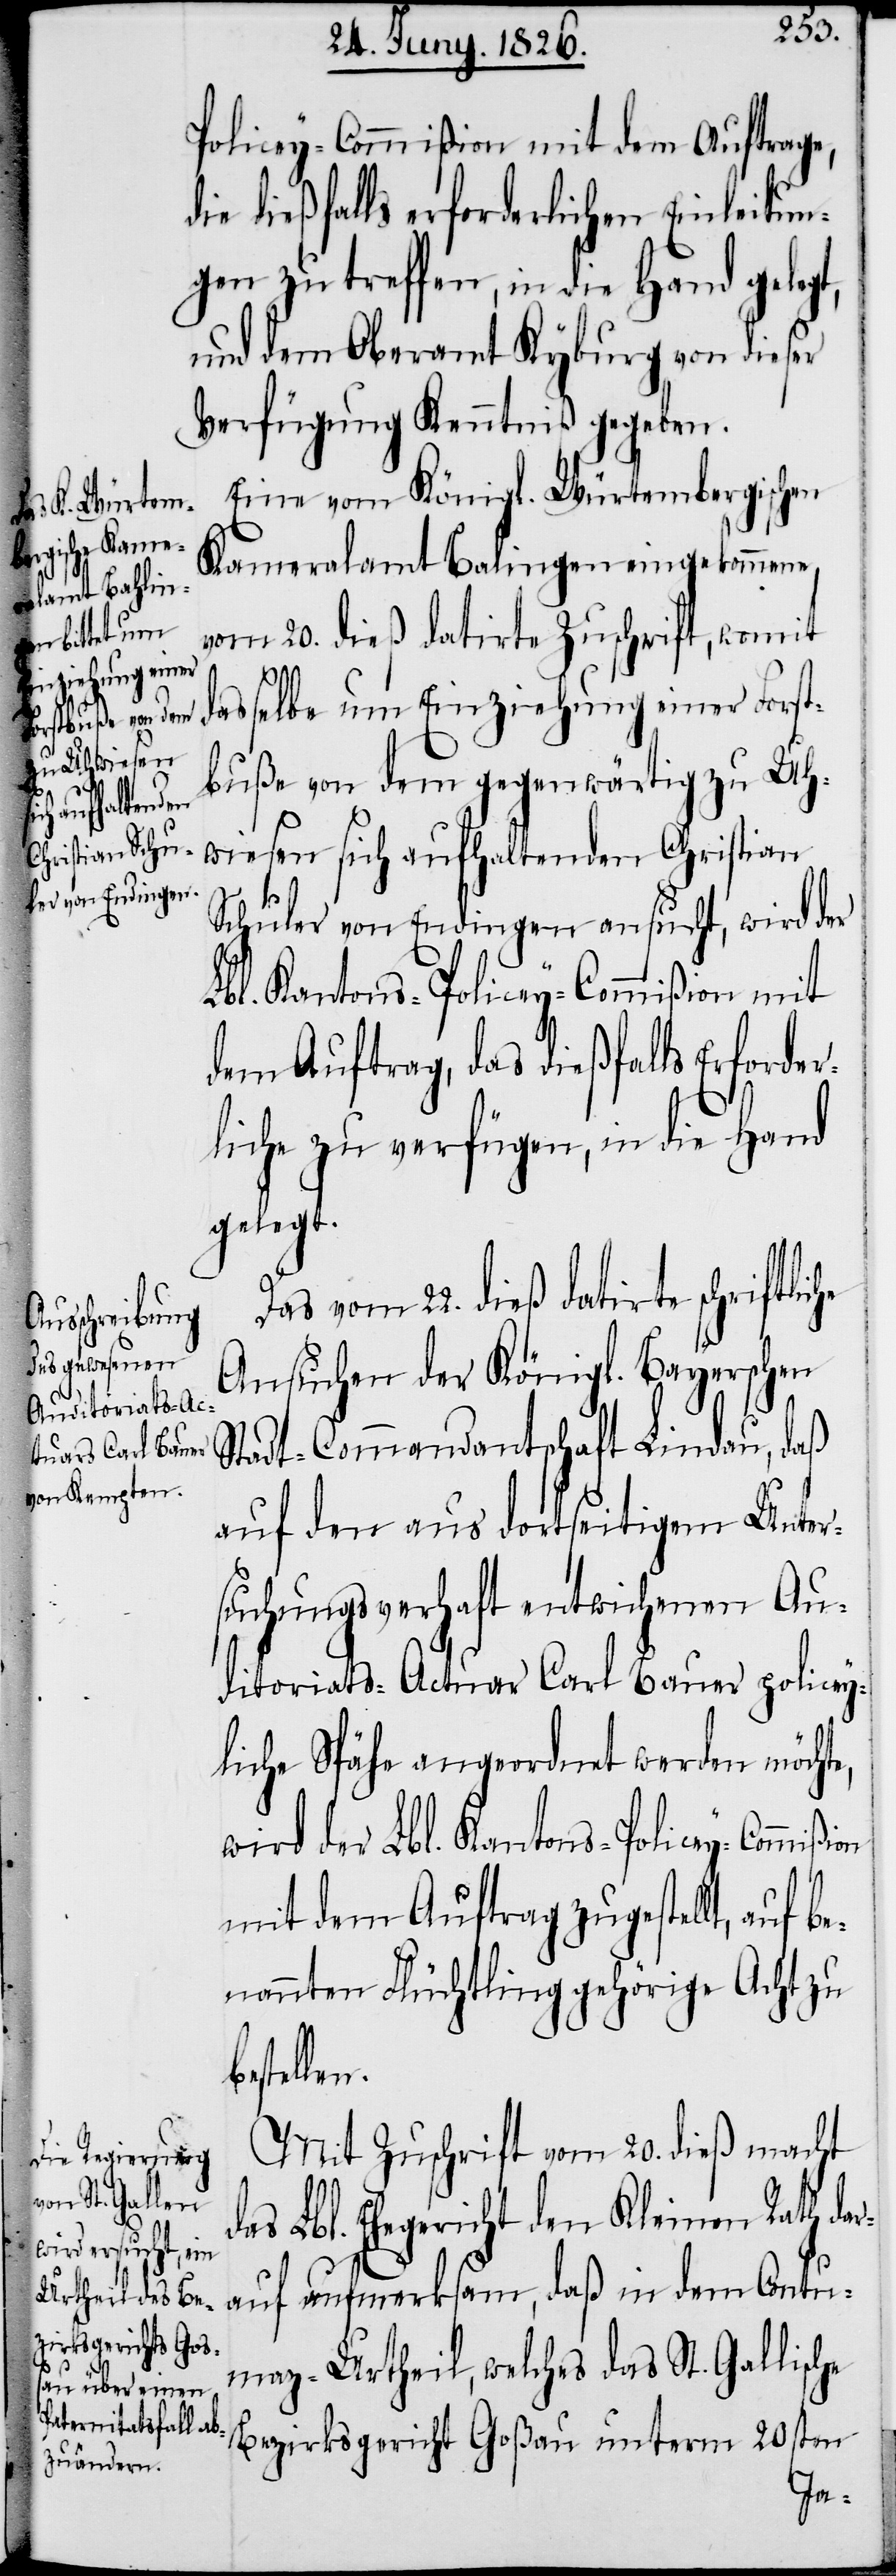
d¬
che

Policey-Commißion mit dem Auftrage,
die dießfalls erforderlichen Einleitun¬
gen zu treffen, in die Hand geleg¬
und dem Oberamt Kyburg von dieser
Verfügung Kenntniß gegeben.
Eine vom Königl. Würtembergischen
Kameralamt Balingen eingekommene,
vom 20. dieß datirte Zuschrift, womit
dasselbe um Einziehung einer Forst¬
buße von dem gegenwärtig zu Uh¬
wiesen sich aufhaltenden Christian
Schuler von Endingen ansucht, wird der
Lbl. Kantons-Policey-Commißion mit
dem Auftrag, das dießfalls Erforder¬
liche zu verfügen, in die Hand
gelegt.
Das vom 22. dieß datirte schriftli¬
Ansuchen der Königl. Bayerschen
Stadt-Commandantschaft Lindau, daß
auf den aus dortseitigem Unter¬
suchungsverhaft entwichenen Au¬
ditoriats-Actuar Carl Bauer policey¬
liche Spähe angeordnet werden möcht¬
wird der Lbl. Kantons-Policey-Commißi¬
mit dem Auftrag zugestellt, auf b¬
enannten Flüchtling gehörige Acht zu
estellen.
Mit Zuschrift vom 20. dieß macht
as Lbl. Ehegericht den Kleinen Rath dar¬
auf aufmerksam, daß in dem Contu¬
maz-Urtheil, welches das St. Gallische
Bezirksgericht Goßau unterm 20sten